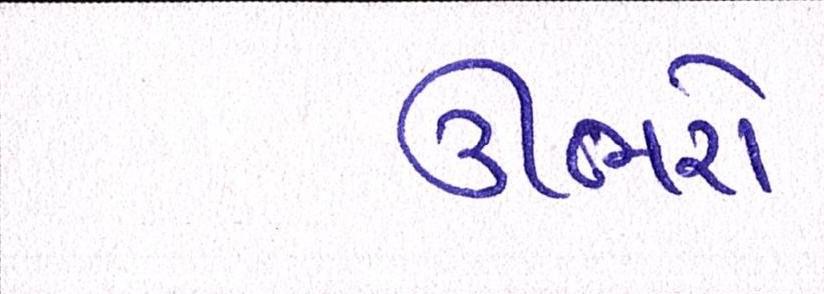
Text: ઊભરો